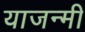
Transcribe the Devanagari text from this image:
याजन्मी